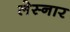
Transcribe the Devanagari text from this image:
लेस्नार